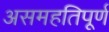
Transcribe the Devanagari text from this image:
असमहतिपूर्ण